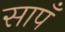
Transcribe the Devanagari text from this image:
सापँ